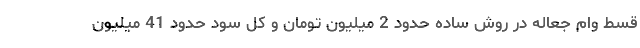
قسط وام جعاله در روش ساده حدود 2 میلیون تومان و کل سود حدود 41 میلیون